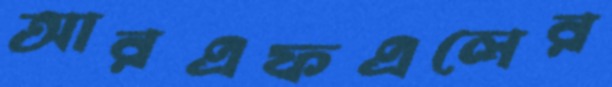
আরএফএলের